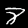
Digit: 8